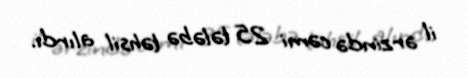
il ərzində cəmi 25 tələbə təhsil alırdı.